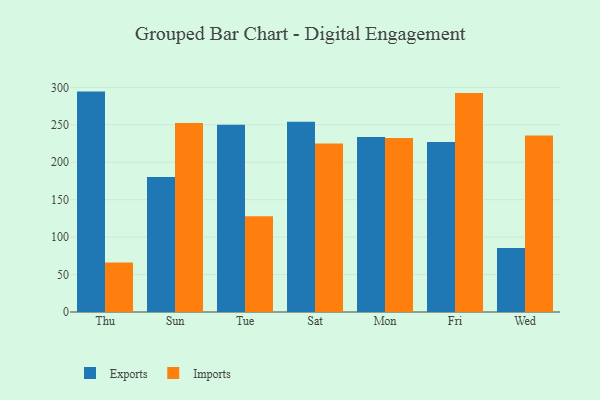
{"axis": {"x": "Day", "y": "Conversion Rate (%)"}, "legend": ["Exports", "Imports"], "data": [{"x": "Thu", "y": 294.4, "type": "Exports"}, {"x": "Thu", "y": 66.1, "type": "Imports"}, {"x": "Sun", "y": 180.3, "type": "Exports"}, {"x": "Sun", "y": 252.4, "type": "Imports"}, {"x": "Tue", "y": 250.1, "type": "Exports"}, {"x": "Tue", "y": 127.9, "type": "Imports"}, {"x": "Sat", "y": 254.1, "type": "Exports"}, {"x": "Sat", "y": 225.2, "type": "Imports"}, {"x": "Mon", "y": 233.8, "type": "Exports"}, {"x": "Mon", "y": 232.3, "type": "Imports"}, {"x": "Fri", "y": 227.1, "type": "Exports"}, {"x": "Fri", "y": 292.5, "type": "Imports"}, {"x": "Wed", "y": 85.5, "type": "Exports"}, {"x": "Wed", "y": 235.6, "type": "Imports"}]}